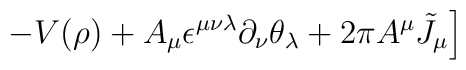
\left. - V(\rho) + A_\mu \epsilon^{\mu\nu\lambda} \partial_\nu \theta_\lambda + 2 \pi  A^\mu {\tilde J}_\mu \right]